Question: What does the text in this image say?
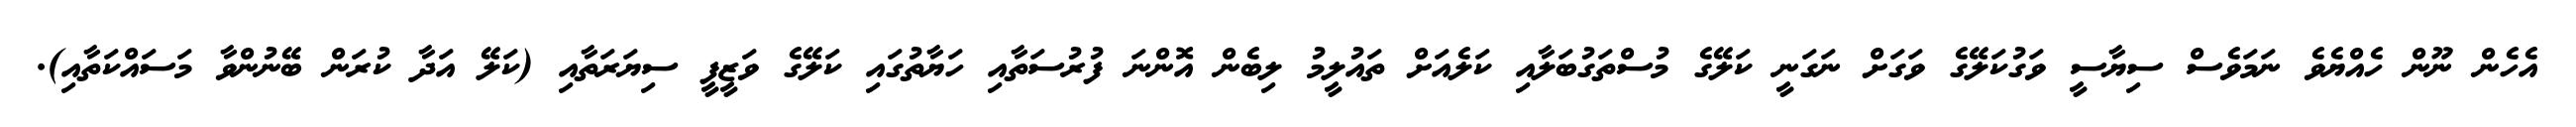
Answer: އެހެން ނޫން ހެއްޔެވެ ނަމަވެސް ސިޔާސީ ވަގުކަލޭގެ ވަގަށް ނަގަނީ ކަލޭގެ މުސްތަގުބަލާއި ކަލެއަށް ތައުލީމު ލިބެން އޮންނަ ފުރުސަތާއި ހަޔާތުގައި ކަލޭގެ ވަޒީފީ ސިޔަރަތާއި (ކަލޭ އަދާ ކުރަން ބޭނުންވާ މަސައްކަތާއި).